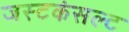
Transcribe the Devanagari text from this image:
जस्टकंसल्ट